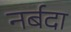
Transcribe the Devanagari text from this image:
नर्बदा